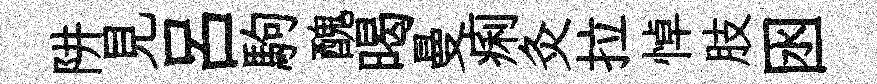
阱見呂駒醜暍曼痢灸拉悼肢囦